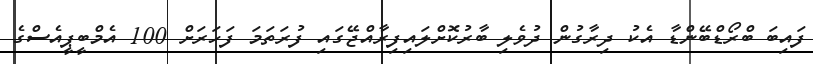
ފައިބަ ބްރޯޑްބޭންޑާ އެކު ދިރާގުން ދުވެލި ބާރުކޮށްލައިފިރާއްޖޭގައި ފުރަތަމަ ފަހަރަށް 100 އެމްބީޕީއެސްގެ